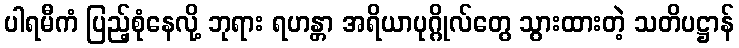
ပါရမီကံ ပြည့်စုံနေလို့ ဘုရား ရဟန္တာ အရိယာပုဂ္ဂိုလ်တွေ သွားထားတဲ့ သတိပဋ္ဌာန်